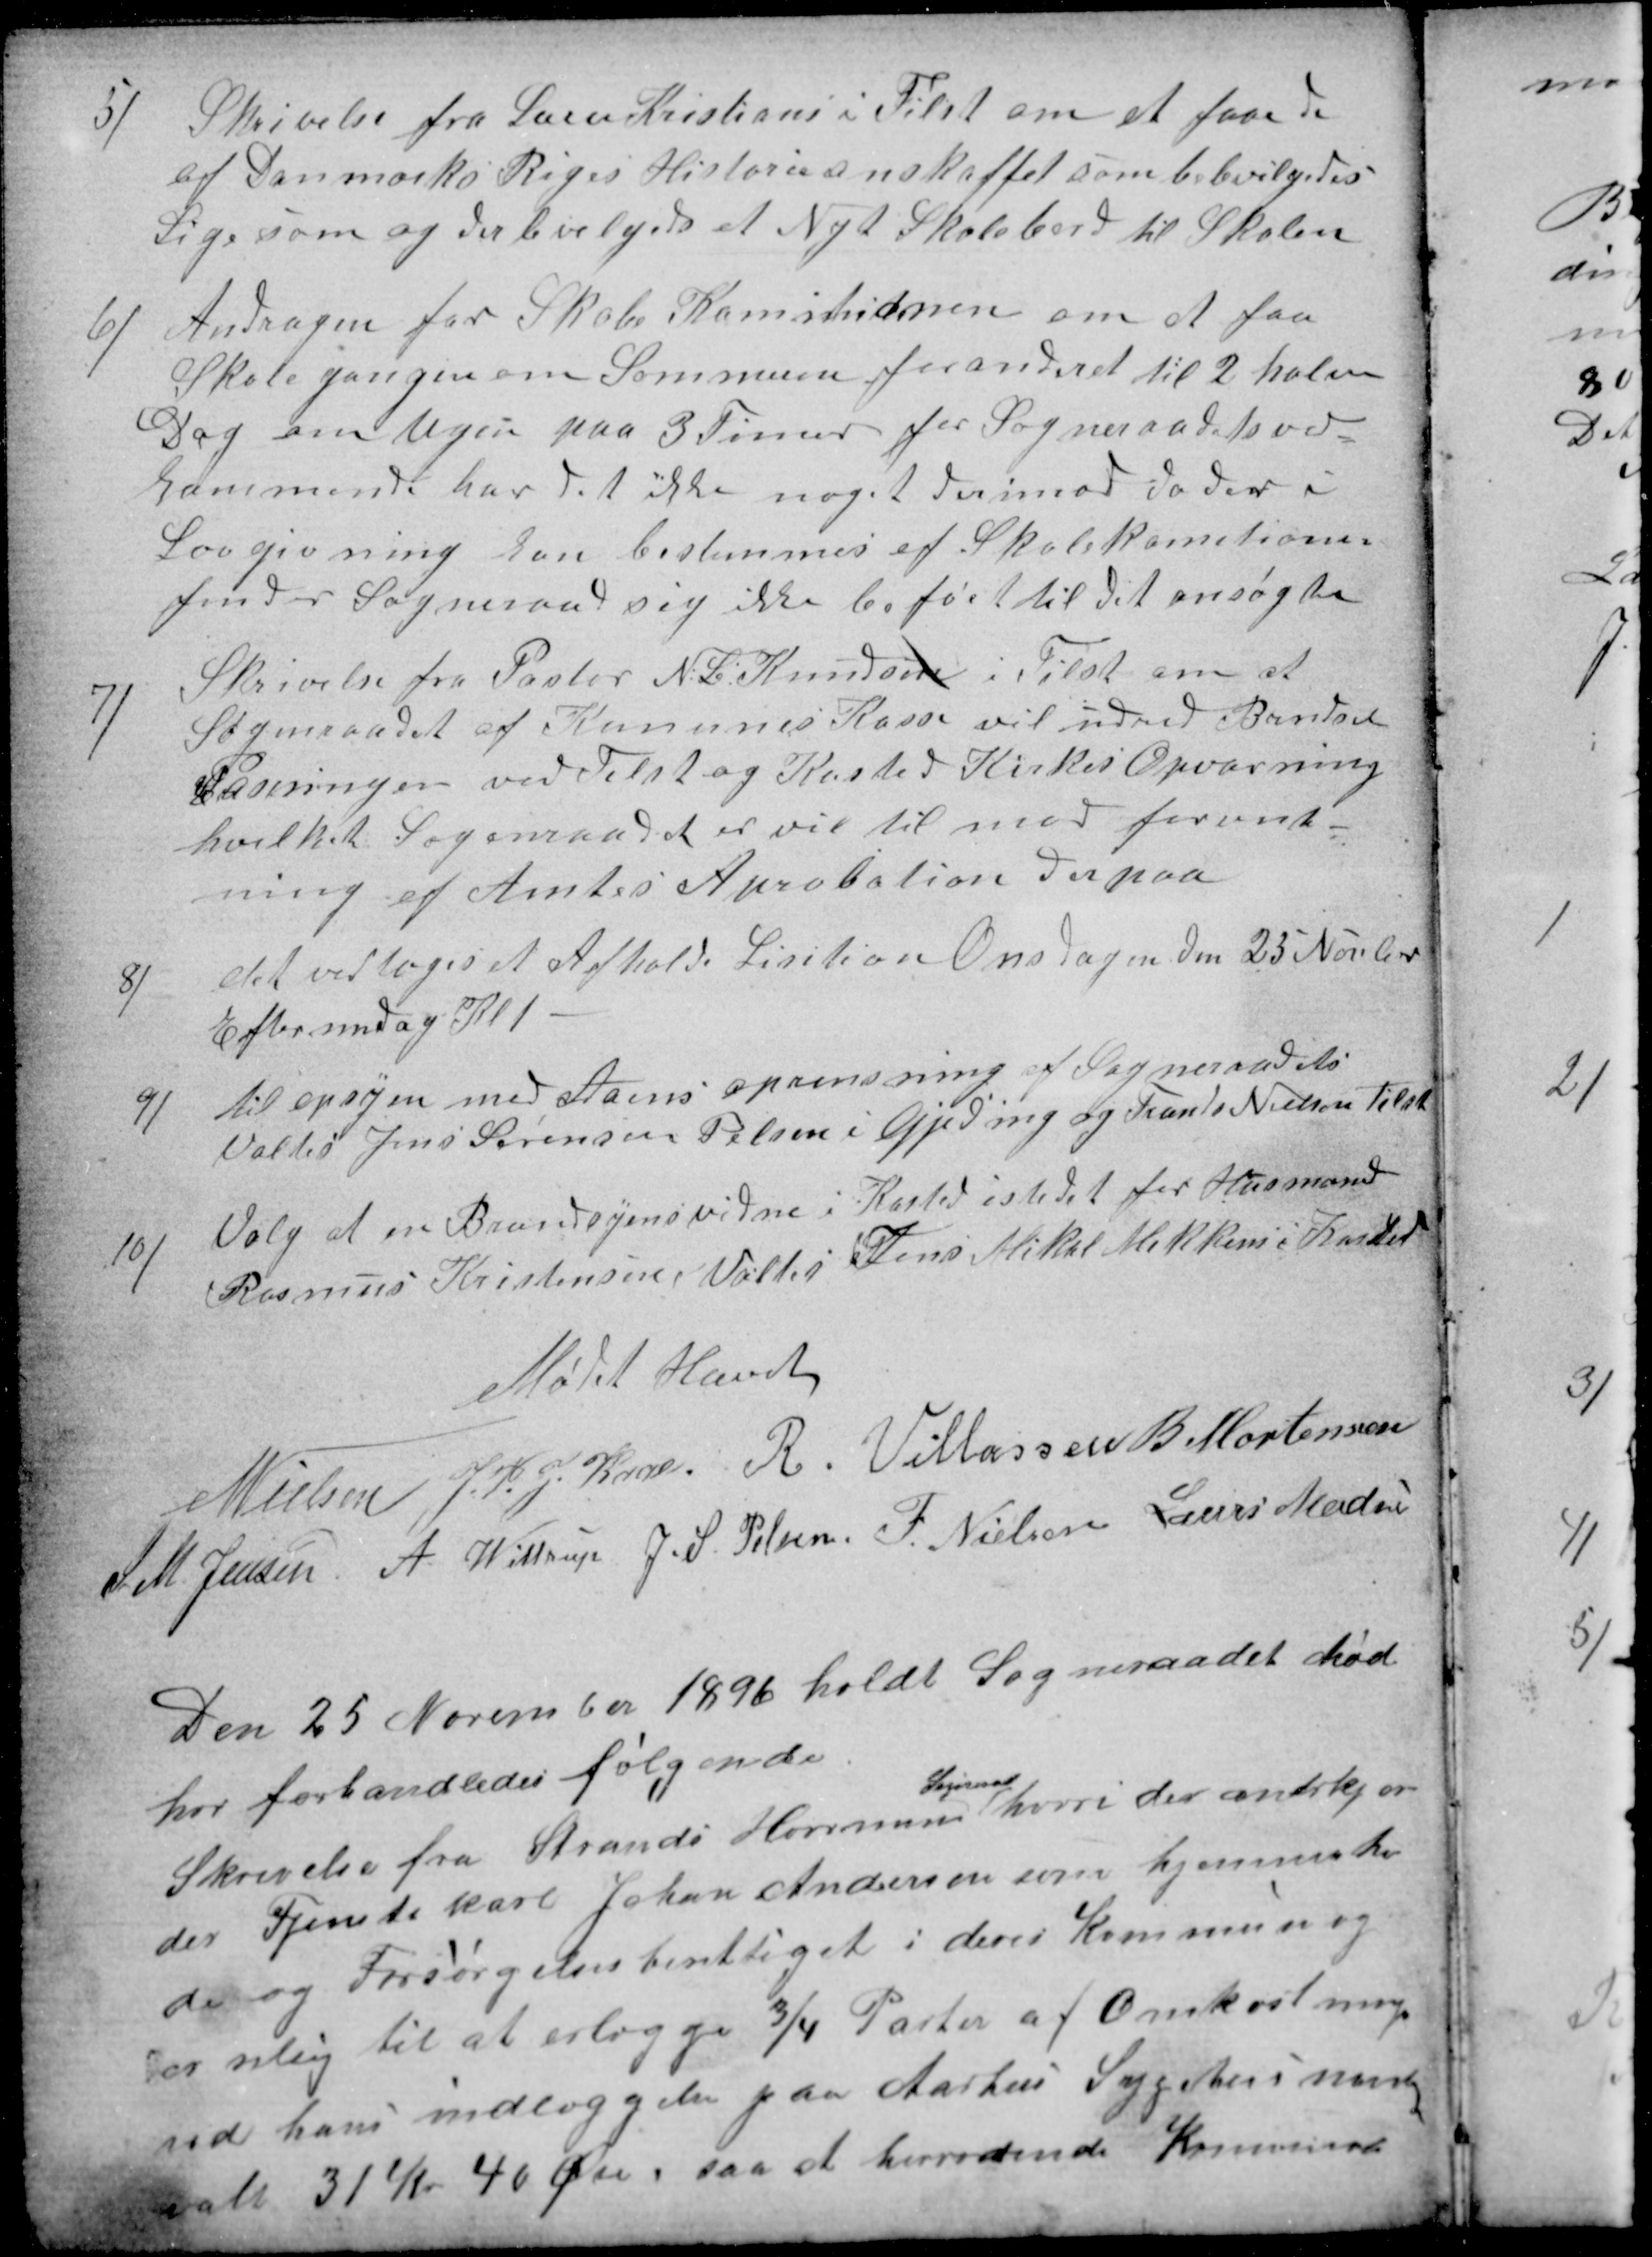
Transskription:
5
Skrivelse fra Lærer Kristians i Tilst om at faae de
af Danmarks Riges Historie anskaffet som bebevilgedes
Ligesom og der bevilgedes et Nyt Skolebord til Skolen
6)
Andragen for Skole Komitionen om at faa
Skolegangen om Sommeren forandret til 2 halve
Dag om Ugen paa 3 Timer for Sogneraadets ved-
kommende har det ikke noget derimod da der i
Lovgivning kan bestemmes af Skolekomitionen
finder Sogneraad sig ikke beføiet til det ansøgte
7)
Skrivelse fra Pastor N. P. Knudsen i Tilst om at
Sogneraadet af Komunes Kasse vil udred Brendsel
Pasningen ved Tilst og Kasted Kirkes Opvarning
hvilket Sogneraadet er vil til mod forvent-
ning af Amtes Aprobation derpaa
8)
det vedtoges et Afholde Lisition Onsdagen den 25 Novber
Eftermidag Kl 1
9)
til opsyen med Aaens oprensning af Sogneraadets
Valtes Jens Sørensen Pelsen i Gjeding og Frands Nielsen Tilst
10)
Valg af en Brandsyensvidne i Kasted istedet for Husmand
Rasmus Kristensen, Valtes Jens Mikal Mikkens i Kasted
Mødet Hævet
N Nielsen
J. P. J. Kaae.
R. Villassen
B Mortensen
S. M. Jensen
A Wittrup
J. S. Pelsen
F. Nielsen
Laurs Madsen
Den 25 November 1896 holdt Sogneraadet mød
her forhandledes følgende
Skrivelse fra Strands Hornum
Sogneraad
hvori der anerkjen-
der Tjenestekarl Johan Andersen som hjemmehøren
de og Forsørgelsesberettiget i deres Kommune og
er vilig til at erlægge ¾ Parten af Omkostning
ved hans indlæggelse paa Aarhus Sygehus nemlig
ialt 31 Kr 40 Øre, saa at herværende Kommune